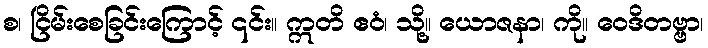
စ၊ ငြိမ်းစေခြင်းကြောင့် ၎င်း။ ဣတိ ဧဝံ၊ သို့။ ယောဇနာ၊ ကို။ ဝေဒိတဗ္ဗာ၊